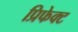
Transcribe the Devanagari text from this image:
प्रिफेक्ट